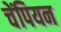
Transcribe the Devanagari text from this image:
चेंपियन